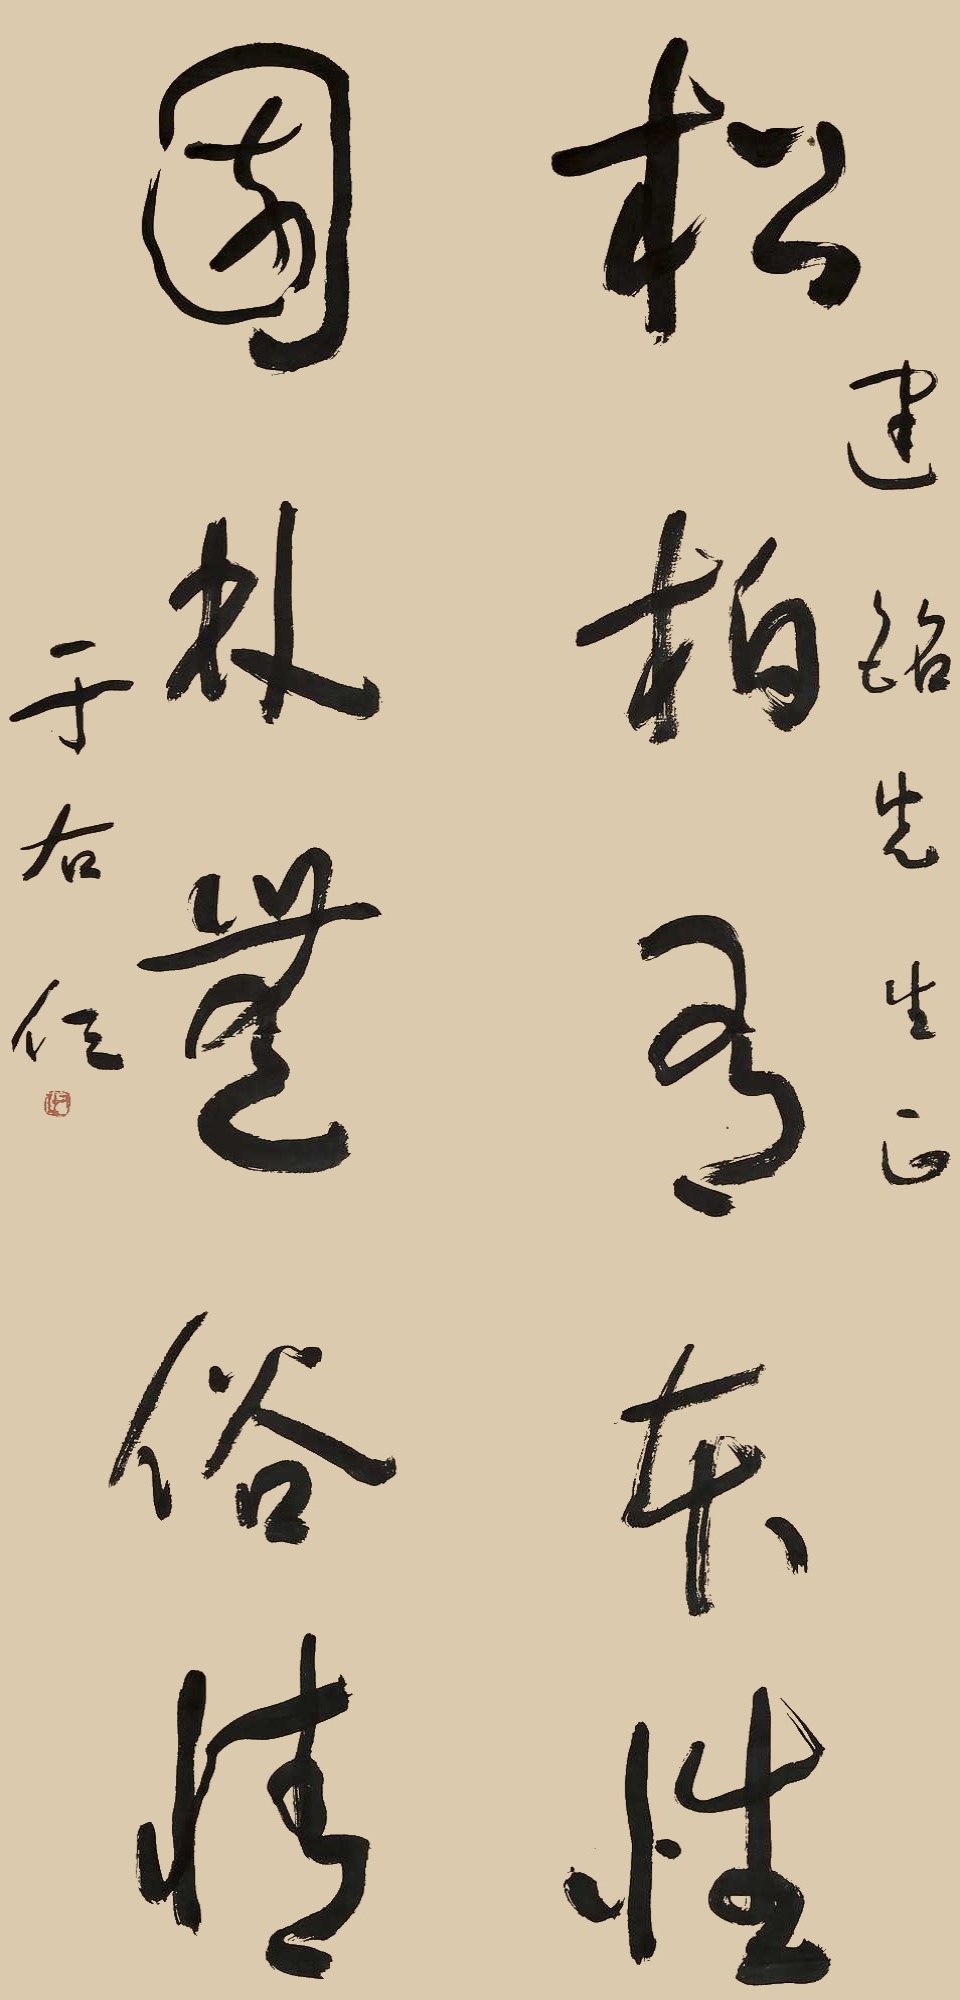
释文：松柏有本性，园林无俗情。建铭先生正。于右任。